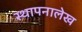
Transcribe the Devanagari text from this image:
स्थापनालेख